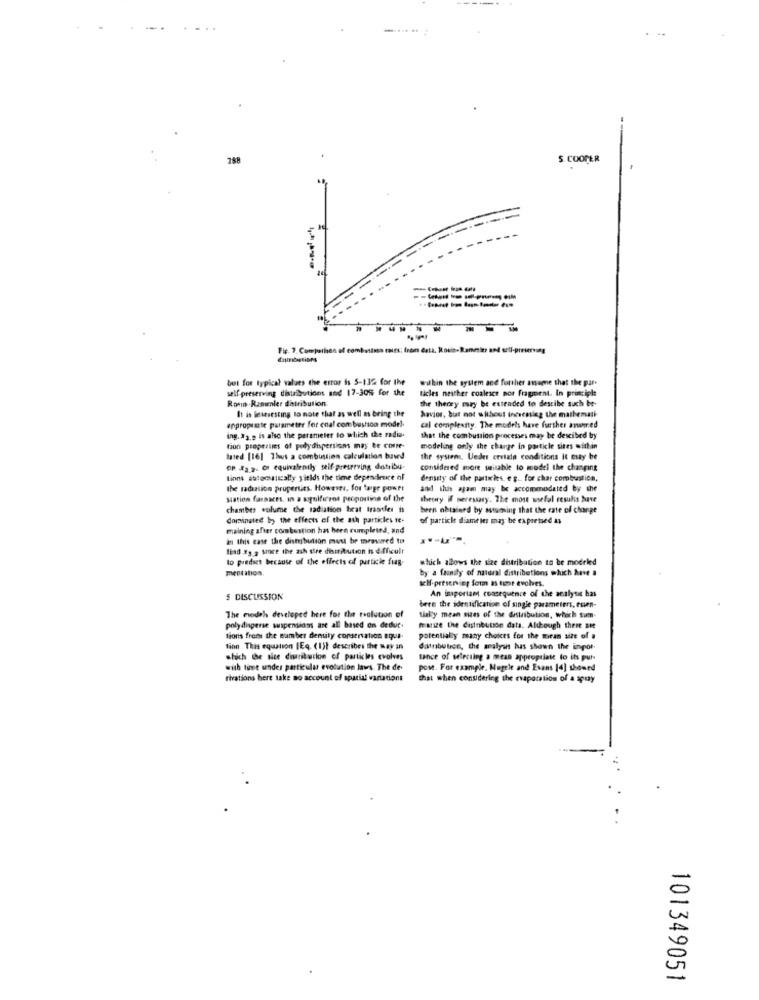
288
$. COOPER
=
---------
Fig. 3. Comperhen of combsissa rains: from data, Rouis-Ranein and self-preserving
best for typical values the error is 5-13% for the
wakin the system and further assume that the par.
self-preserving distributions and 17-30% for the
ticles neither coalesce por fragment. In principle
Ronn .Rammler distribution.
the theory may be extended to descibe such be-
It is letesesting to note that as well as being the
havior, but not without increasing the mathemati
enproposte parameter for coal com bastion model.
cal complexity. The models have further avwomed
ing. #2.9 is also the parameter to which the radio.
that the combustion processes may be descibed by
tion properties of polydispersions may be come-
modeling only the charge in particle sites within
lated [16] 7hvs a combustion calculation baved
the system. Ueder erviale conditions it esay be
OP Æg.2. c equivalenily self-preserving distribu-
considered more suitable to model the changing
tions astocaically yitlds the time dependence of
density of the particles. eg. for char combustion,
the radiation properties. However, for tagr power
and this aşam may be accommodated by the
siation farsaces. In a sogolficent proposting of the
theory if mecessary. The most useful resulis huse
chamber volume the radiation brat Irantles is
been nhtsierd by assuming that the rate of change
dominated by the effects of the ash particles te-
of particle diameter may be expressed as
maining after combustion has been completed, and
in this case the distribution must be measured to
fiad .&g 2 since the ash sire distribution is difficult
to predict because of the effects of particle frag-
which allows the size distribution to be modrled
mestation.
by a faunity of natural distributions which have a
self-preserving form as tone evolves.
$ DISCUSSION
An importam consequence of the analysis has
bern the identification of single parameters, esien-
The models developed here for the tvolution of
tially mean sizes of the distribution, which sum-
polydisperse wipensions are all based on dedur.
franzze the distribution data, Although there are
tions freds the ramber density conservation equa-
potentially many choices for the mean size of .
finn This equation IEq. (1)1 describes the way an
datnbution, the analysis has shown the inpor-
which the sice diuritution of particles evolves
tance of selecting a meas appropriate to its pur-
with tunt under particular evolution laws. The de
pose. For example. Nugele and Esans [4] showed
rivations here take no account of spatial variations
that when considering the evaporation of a apuy
0
-
101349051